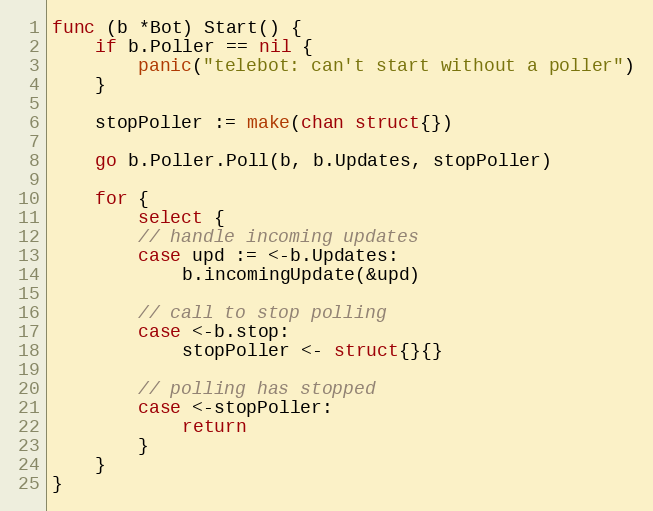
Language: Go
func (b *Bot) Start() {
	if b.Poller == nil {
		panic("telebot: can't start without a poller")
	}

	stopPoller := make(chan struct{})

	go b.Poller.Poll(b, b.Updates, stopPoller)

	for {
		select {
		// handle incoming updates
		case upd := <-b.Updates:
			b.incomingUpdate(&upd)

		// call to stop polling
		case <-b.stop:
			stopPoller <- struct{}{}

		// polling has stopped
		case <-stopPoller:
			return
		}
	}
}